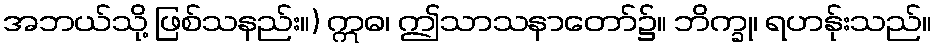
အဘယ်သို့ ဖြစ်သနည်း။) ဣဓ၊ ဤသာသနာတော်၌။ ဘိက္ခု၊ ရဟန်ုးသည်။